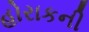
હોરાકની